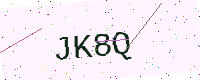
Text: JK8Q